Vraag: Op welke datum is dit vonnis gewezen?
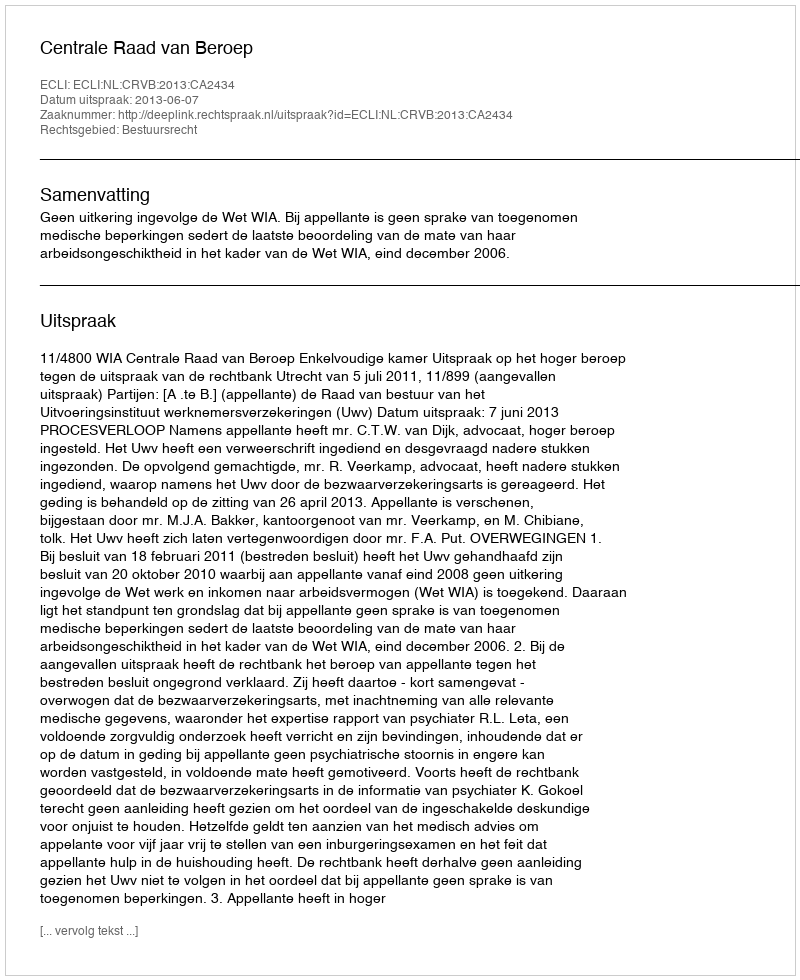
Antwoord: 2013-06-07